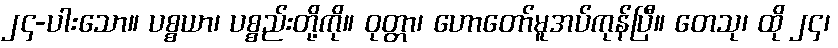
၂၄-ပါးသော။ ပစ္စယာ၊ ပစ္စည်းတို့ကို။ ဝုတ္တာ၊ ဟောတော်မူအပ်ကုန်ပြီ။ တေသု၊ ထို ၂၄၊